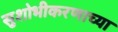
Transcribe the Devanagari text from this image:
सुशोभीकरणाच्या